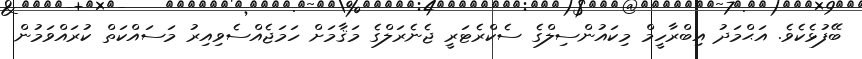
ބޭފުޅެކެވެ. އަޙްމަދު އިބްރާހީމް މިކައުންސިލްގެ ސެކްރެޓަރީ ޖެނެރަލްގެ މަޤާމަށް ހަމަޖެއްސެވިއިރު މަސައްކަތް ކުރައްވަމުން